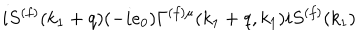
LaTeX: i S ^ { ( f ) } ( k _ { 1 } + q ) ( - i e _ { 0 } ) \Gamma ^ { ( f ) \mu } ( k _ { 1 } + q , k _ { 1 } ) i S ^ { ( f ) } ( k _ { 1 } )